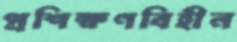
প্রশিক্ষণবিহীন